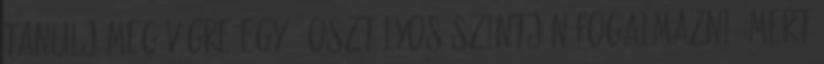
tanulj meg végre egy 2 osztályos szintjén fogalmazni, mert